Annual administration report of the Civil Veterinary Department, Ajmere-Merwara, British Rajputana - 1914-1940
Year: 1914
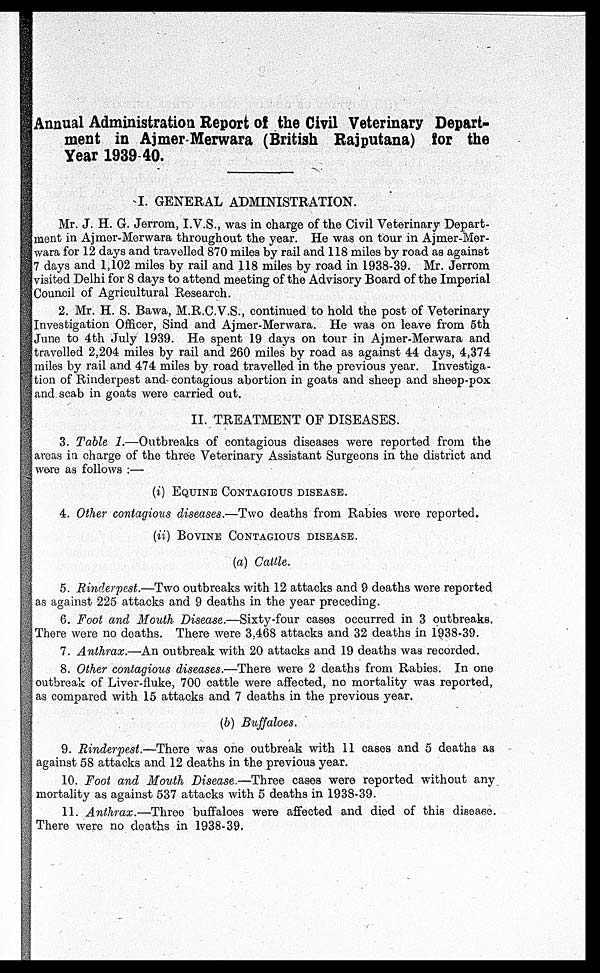
Annual Administration Report of the Civil Veterinary Depart-
ment in Ajmer-Merwara (British Rajputana) for the
Year 1939-40.
I. GENERAL ADMINISTRATION.
Mr. J. H. G. Jerrom, I.V.S., was in charge of the Civil Veterinary Depart-
ment in Ajmer-Merwara throughout the year. He was on tour in Ajmer-Mer-
wara for 12 days and travelled 870 miles by rail and 118 miles by road as against
7 days and 1,102 miles by rail and 118 miles by road in 1938-39. Mr. Jerrom
visited Delhi for 8 days to attend meeting of the Advisory Board of the Imperial
Council of Agricultural Research.
2. Mr. H. S. Bawa, M.R.C.V.S., continued to hold the post of Veterinary
Investigation Officer, Sind and Ajmer-Merwara. He was on leave from 5th
June to 4th July 1939. He spent 19 days on tour in Ajmer-Merwara and
travelled 2,204 miles by rail and 260 miles by road as against 44 days, 4,374
miles by rail and 474 miles by road travelled in the previous year. Investiga-
tion of Rinderpest and contagious abortion in goats and sheep and sheep-pox
and scab in goats were carried out.
II. TREATMENT OF DISEASES.
3. Table 1.—Outbreaks of contagious diseases were reported from the
areas in charge of the three Veterinary Assistant Surgeons in the district and
wore as follows :—
(i) EQUINE CONTAGIOUS DISEASE.
4. Other contagious diseases.—Two deaths from Rabies wore reported.
(ii) BOVINE CONTAGIOUS DISEASE.
(a) Cattle.
5. Rinderpest.—Two outbreaks with 12 attacks and 9 deaths were reported
as against 225 attacks and 9 deaths in the year preceding.
6. Foot and Mouth Disease.—Sixty-four cases occurred in 3 outbreaks.
There were no deaths. There were 3,468 attacks and 32 deaths in 1938-39.
7. Anthrax.—An outbreak with 20 attacks and 19 deaths was recorded.
8. Other contagious diseases.—There were 2 deaths from Rabies. In one
outbreak of Liver-fluke, 700 cattle were affected, no mortality was reported,
as compared with 15 attacks and 7 deaths in the previous year.
(b) Buffaloes.
9. Rinderpest.—There was one outbreak with 11 cases and 5 deaths as
against 58 attacks and 12 deaths in the previous year.
10. Foot and Mouth Disease.—Three cases were reported without any
mortality as against 537 attacks with 5 deaths in 1938-39.
11. Anthrax.—Throo buffaloes were affected and died of this disease.
There were no deaths in 1938-39.